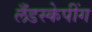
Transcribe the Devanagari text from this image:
लँडस्केपींग